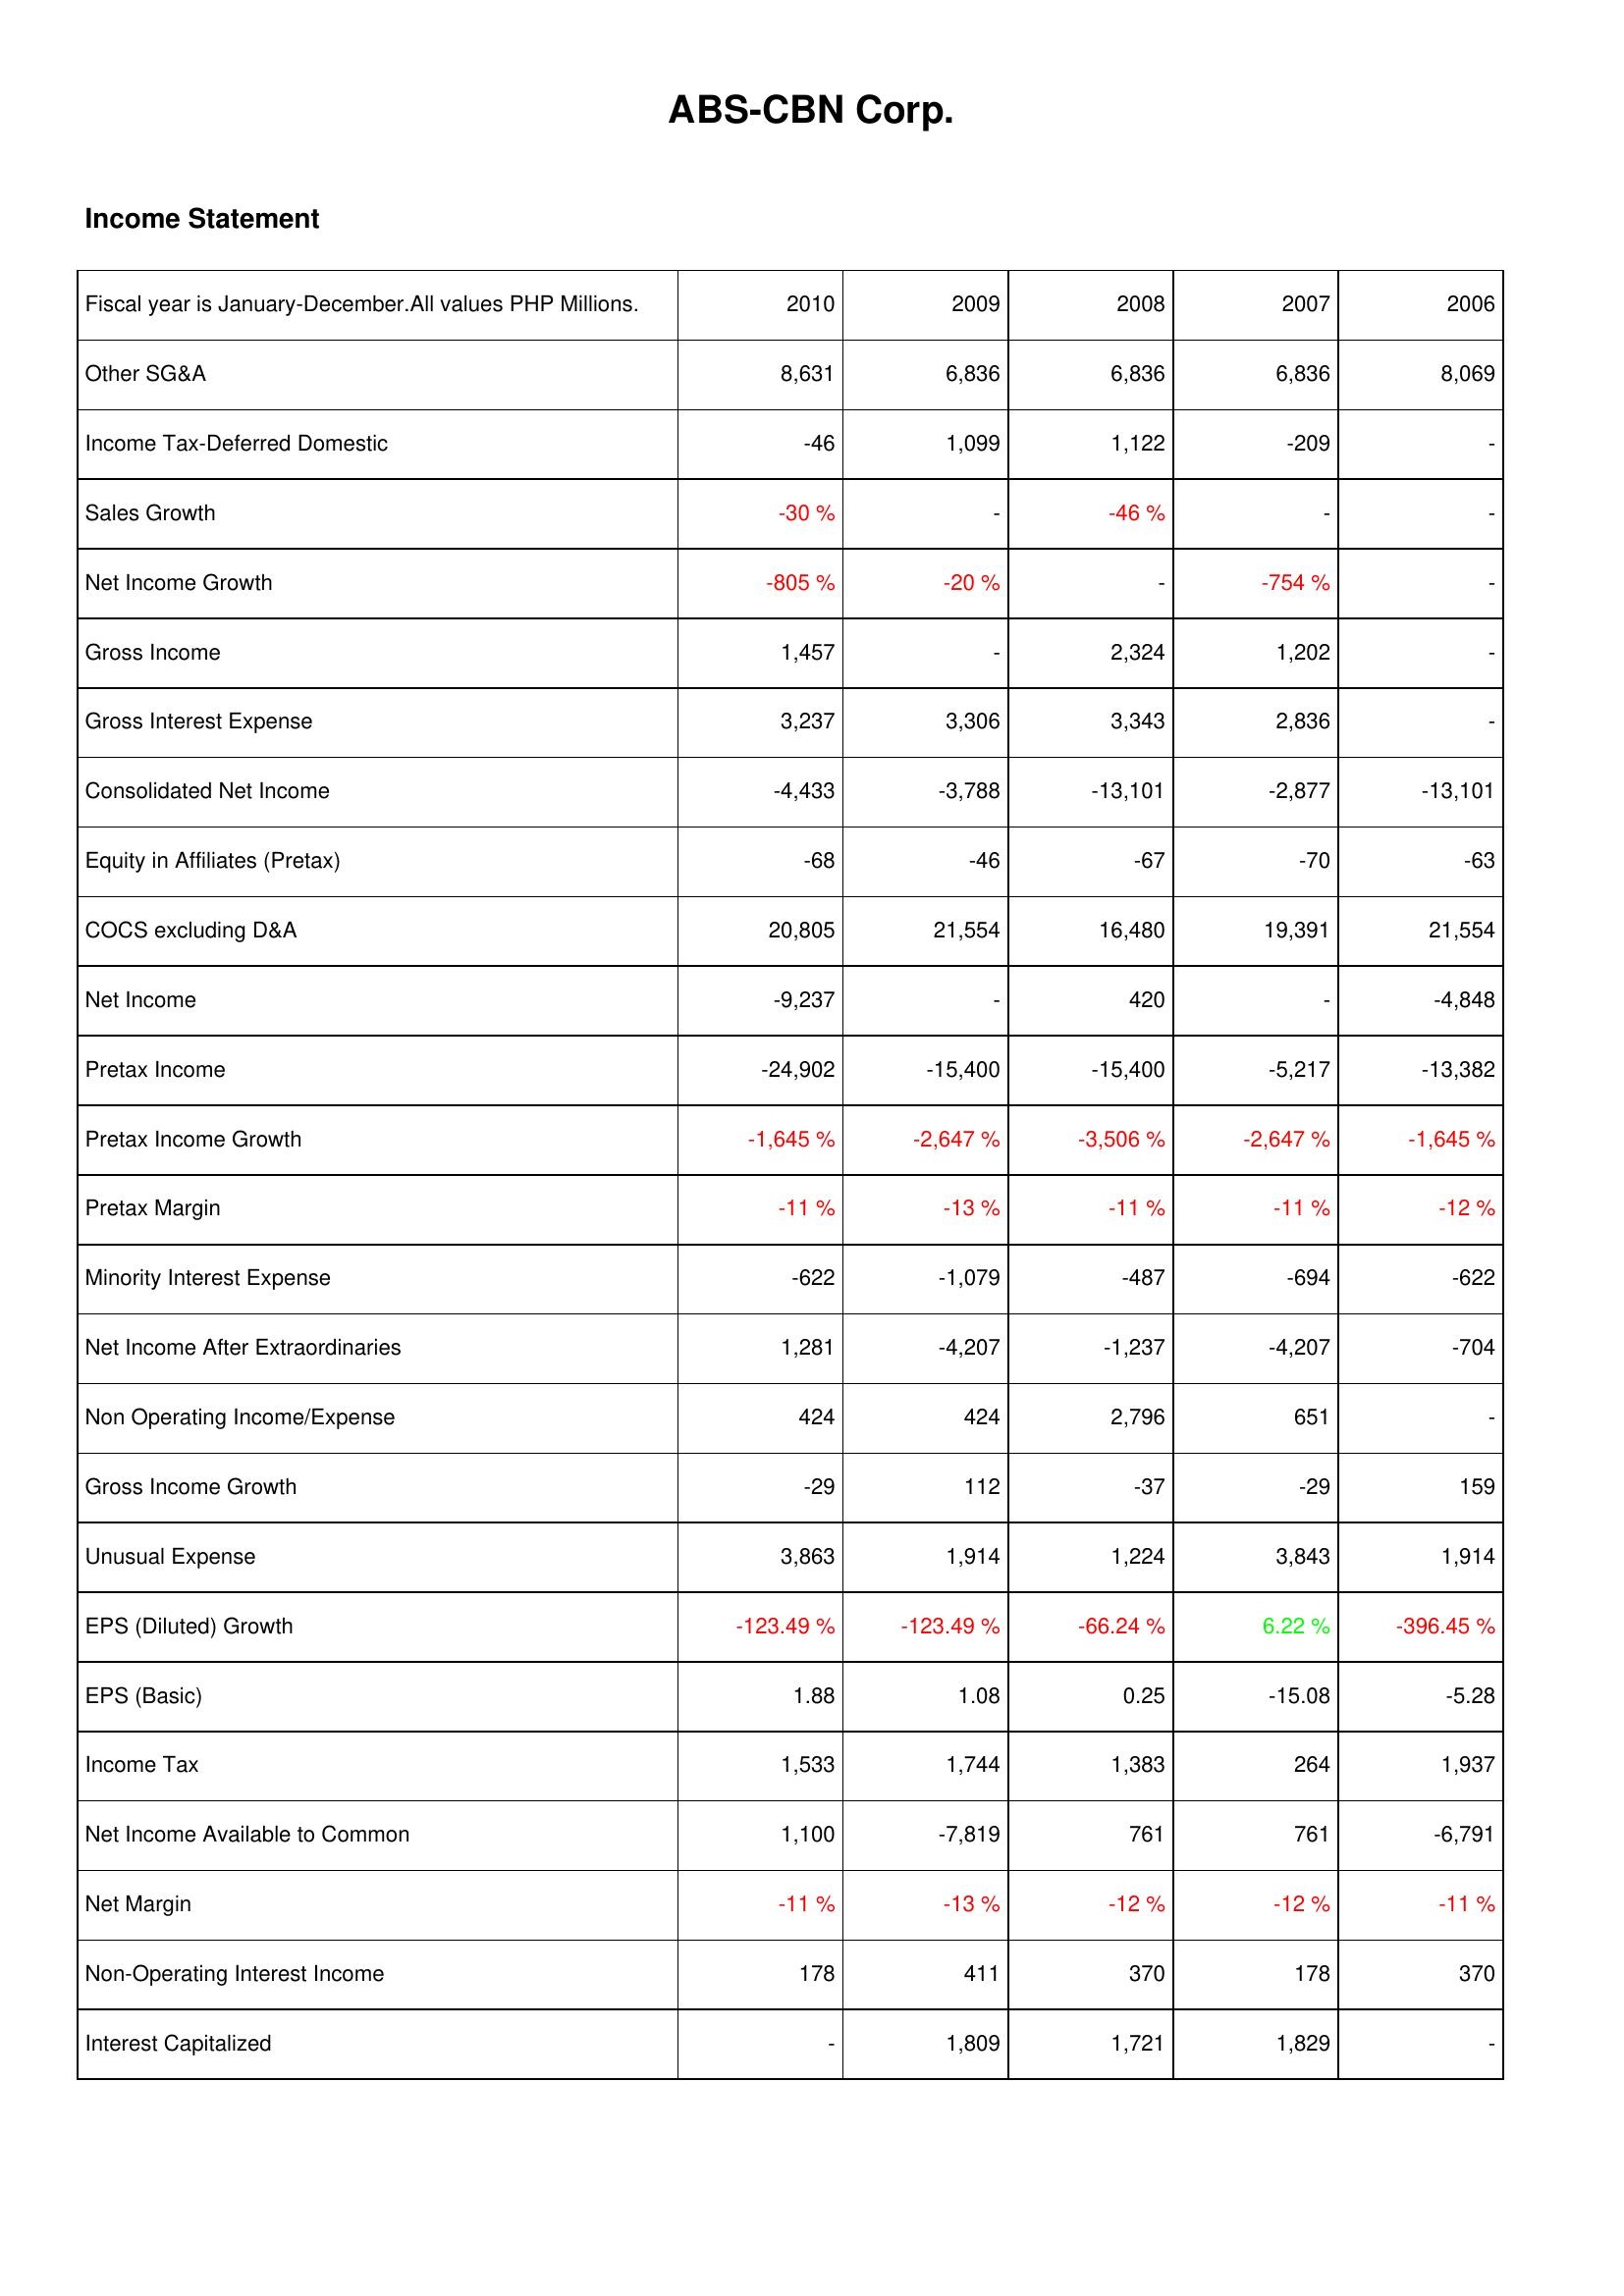
2010: Income Statement: Other SG&A: 8,631
Income Tax-Deferred Domestic: -46
Sales Growth: -30 %
Net Income Growth: -805 %
Gross Income: 1,457
Gross Interest Expense: 3,237
Consolidated Net Income: -4,433
Equity in Affiliates (Pretax): -68
COCS excluding D&A: 20,805
Net Income: -9,237
Pretax Income: -24,902
Pretax Income Growth: -1,645 %
Pretax Margin: -11 %
Minority Interest Expense: -622
Net Income After Extraordinaries: 1,281
Non Operating Income/Expense: 424
Gross Income Growth: -29
Unusual Expense: 3,863
EPS (Diluted) Growth: -123.49 %
EPS (Basic): 1.88
Income Tax: 1,533
Net Income Available to Common: 1,100
Net Margin: -11 %
Non-Operating Interest Income: 178
Interest Capitalized: -
2009: Income Statement: Other SG&A: 6,836
Income Tax-Deferred Domestic: 1,099
Sales Growth: -
Net Income Growth: -20 %
Gross Income: -
Gross Interest Expense: 3,306
Consolidated Net Income: -3,788
Equity in Affiliates (Pretax): -46
COCS excluding D&A: 21,554
Net Income: -
Pretax Income: -15,400
Pretax Income Growth: -2,647 %
Pretax Margin: -13 %
Minority Interest Expense: -1,079
Net Income After Extraordinaries: -4,207
Non Operating Income/Expense: 424
Gross Income Growth: 112
Unusual Expense: 1,914
EPS (Diluted) Growth: -123.49 %
EPS (Basic): 1.08
Income Tax: 1,744
Net Income Available to Common: -7,819
Net Margin: -13 %
Non-Operating Interest Income: 411
Interest Capitalized: 1,809
2008: Income Statement: Other SG&A: 6,836
Income Tax-Deferred Domestic: 1,122
Sales Growth: -46 %
Net Income Growth: -
Gross Income: 2,324
Gross Interest Expense: 3,343
Consolidated Net Income: -13,101
Equity in Affiliates (Pretax): -67
COCS excluding D&A: 16,480
Net Income: 420
Pretax Income: -15,400
Pretax Income Growth: -3,506 %
Pretax Margin: -11 %
Minority Interest Expense: -487
Net Income After Extraordinaries: -1,237
Non Operating Income/Expense: 2,796
Gross Income Growth: -37
Unusual Expense: 1,224
EPS (Diluted) Growth: -66.24 %
EPS (Basic): 0.25
Income Tax: 1,383
Net Income Available to Common: 761
Net Margin: -12 %
Non-Operating Interest Income: 370
Interest Capitalized: 1,721
2007: Income Statement: Other SG&A: 6,836
Income Tax-Deferred Domestic: -209
Sales Growth: -
Net Income Growth: -754 %
Gross Income: 1,202
Gross Interest Expense: 2,836
Consolidated Net Income: -2,877
Equity in Affiliates (Pretax): -70
COCS excluding D&A: 19,391
Net Income: -
Pretax Income: -5,217
Pretax Income Growth: -2,647 %
Pretax Margin: -11 %
Minority Interest Expense: -694
Net Income After Extraordinaries: -4,207
Non Operating Income/Expense: 651
Gross Income Growth: -29
Unusual Expense: 3,843
EPS (Diluted) Growth: 6.22 %
EPS (Basic): -15.08
Income Tax: 264
Net Income Available to Common: 761
Net Margin: -12 %
Non-Operating Interest Income: 178
Interest Capitalized: 1,829
2006: Income Statement: Other SG&A: 8,069
Income Tax-Deferred Domestic: -
Sales Growth: -
Net Income Growth: -
Gross Income: -
Gross Interest Expense: -
Consolidated Net Income: -13,101
Equity in Affiliates (Pretax): -63
COCS excluding D&A: 21,554
Net Income: -4,848
Pretax Income: -13,382
Pretax Income Growth: -1,645 %
Pretax Margin: -12 %
Minority Interest Expense: -622
Net Income After Extraordinaries: -704
Non Operating Income/Expense: -
Gross Income Growth: 159
Unusual Expense: 1,914
EPS (Diluted) Growth: -396.45 %
EPS (Basic): -5.28
Income Tax: 1,937
Net Income Available to Common: -6,791
Net Margin: -11 %
Non-Operating Interest Income: 370
Interest Capitalized: -